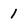
Character: 1